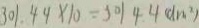
3 0 1 . 4 4 \times 1 0 = 3 0 1 4 . 4 ( d m ^ { 2 } )